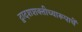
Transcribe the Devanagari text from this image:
द्वादशशक्तीच्यारूपाचें